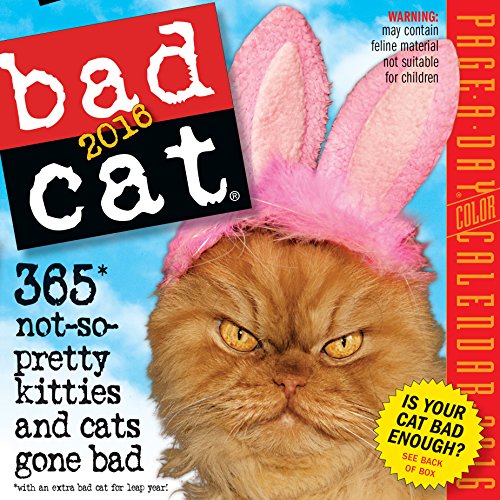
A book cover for Bad Cat Color Page-A-Day Calendar 2016; Workman Publishing; Calendars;